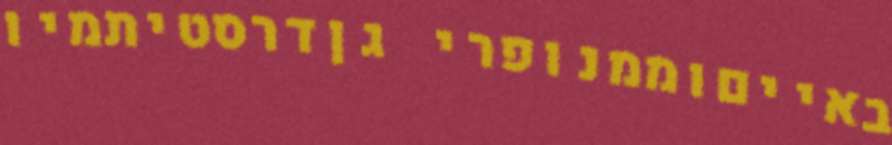
באייםוממנופרי גןדרסטיתמיו